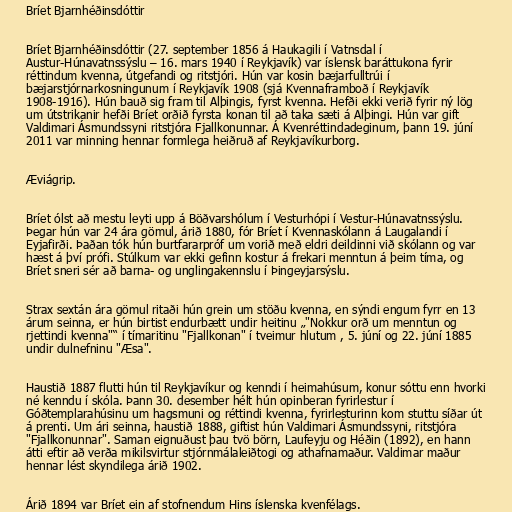
Bríet Bjarnhéðinsdóttir

Bríet Bjarnhéðinsdóttir (27. september 1856 á Haukagili í Vatnsdal í
Austur-Húnavatnssýslu – 16. mars 1940 í Reykjavík) var íslensk baráttukona fyrir
réttindum kvenna, útgefandi og ritstjóri. Hún var kosin bæjarfulltrúi í
bæjarstjórnarkosningunum í Reykjavík 1908 (sjá Kvennaframboð í Reykjavík
1908-1916). Hún bauð sig fram til Alþingis, fyrst kvenna. Hefði ekki verið fyrir ný lög
um útstrikanir hefði Bríet orðið fyrsta konan til að taka sæti á Alþingi. Hún var gift
Valdimari Ásmundssyni ritstjóra Fjallkonunnar. Á Kvenréttindadeginum, þann 19. júní
2011 var minning hennar formlega heiðruð af Reykjavíkurborg.

Æviágrip.

Bríet ólst að mestu leyti upp á Böðvarshólum í Vesturhópi í Vestur-Húnavatnssýslu.
Þegar hún var 24 ára gömul, árið 1880, fór Bríet í Kvennaskólann á Laugalandi í
Eyjafirði. Þaðan tók hún burtfararpróf um vorið með eldri deildinni við skólann og var
hæst á því prófi. Stúlkum var ekki gefinn kostur á frekari menntun á þeim tíma, og
Bríet sneri sér að barna- og unglingakennslu í Þingeyjarsýslu.

Strax sextán ára gömul ritaði hún grein um stöðu kvenna, en sýndi engum fyrr en 13
árum seinna, er hún birtist endurbætt undir heitinu „"Nokkur orð um menntun og
rjettindi kvenna"“ í tímaritinu "Fjallkonan" í tveimur hlutum , 5. júní og 22. júní 1885
undir dulnefninu "Æsa".

Haustið 1887 flutti hún til Reykjavíkur og kenndi í heimahúsum, konur sóttu enn hvorki
né kenndu í skóla. Þann 30. desember hélt hún opinberan fyrirlestur í
Góðtemplarahúsinu um hagsmuni og réttindi kvenna, fyrirlesturinn kom stuttu síðar út
á prenti. Um ári seinna, haustið 1888, giftist hún Valdimari Ásmundssyni, ritstjóra
"Fjallkonunnar". Saman eignuðust þau tvö börn, Laufeyju og Héðin (1892), en hann
átti eftir að verða mikilsvirtur stjórnmálaleiðtogi og athafnamaður. Valdimar maður
hennar lést skyndilega árið 1902.

Árið 1894 var Bríet ein af stofnendum Hins íslenska kvenfélags.